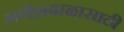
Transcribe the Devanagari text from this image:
गणेशबाळासाठी